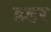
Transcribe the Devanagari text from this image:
हडर